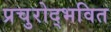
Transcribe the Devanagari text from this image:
प्रचुरोद्भवित